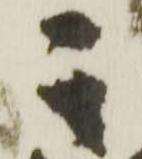
其